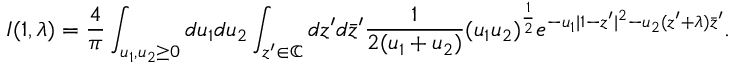
I ( 1 , \lambda ) = \frac { 4 } { \pi } \int _ { u _ { 1 } , u _ { 2 } \geq 0 } d u _ { 1 } d u _ { 2 } \int _ { z ^ { \prime } \in \mathbb { C } } d z ^ { \prime } d \bar { z } ^ { \prime } \frac { 1 } { 2 ( u _ { 1 } + u _ { 2 } ) } ( u _ { 1 } u _ { 2 } ) ^ { \frac { 1 } { 2 } } e ^ { - u _ { 1 } | 1 - z ^ { \prime } | ^ { 2 } - u _ { 2 } ( z ^ { \prime } + \lambda ) \bar { z } ^ { \prime } } .